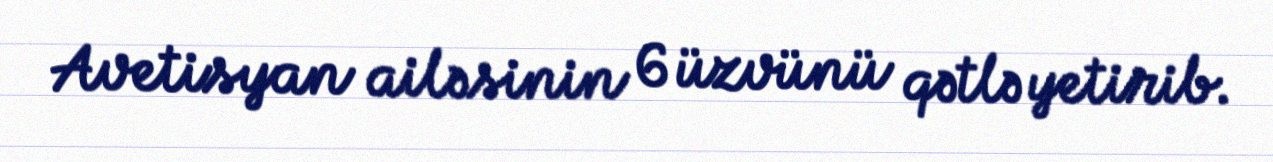
Avetisyan ailəsinin 6 üzvünü qətlə yetirib.